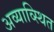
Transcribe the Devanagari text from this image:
अव्याव्स्थित